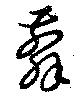
翦